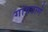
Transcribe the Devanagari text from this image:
गांवठाणे